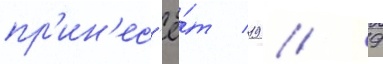
пр'ин'ес'ё́т 19 / 9